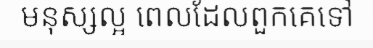
មនុស្សល្អ ពេលដែលពួកគេទៅ